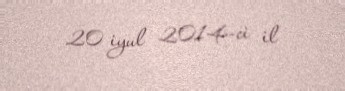
20 iyul 2014-ci il